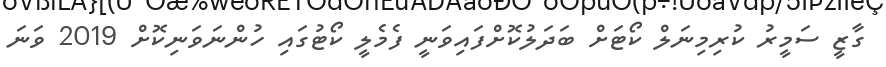
ގާޒީ ސަމީރު ކުރިމިނަލް ކޯޓަށް ބަދަލުކޮށްފައިވަނީ ފެމެލީ ކޯޓުގައި ހުންނަވަނިކޮށް 2019 ވަނަ